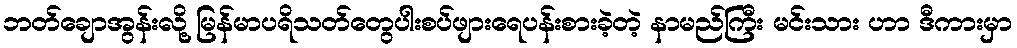
ဘတ်ချောအွန်းလို့ မြန်မာပရိသတ်တွေပါးစပ်ဖျားရေပန်းစားခဲ့တဲ့ နာမည်ကြီး မင်းသား ဟာ ဒီကားမှာ